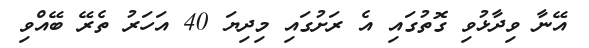
އޭނާ ވިދާޅުވި ގޮތުގައި އެ ރަށުގައި މިދިޔަ 40 އަހަރު ތެރޭ ބޭއްވި